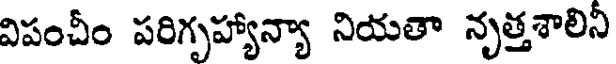
విపంచీం పరిగృహ్యాన్యా నియతా నృత్తశాలినీ